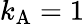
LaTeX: k_{\mathrm{{A}}}=1